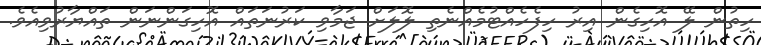
ހިތުން ލޭ އޮހިގެން އިރު ހިފެހެއްޓުމެއްނެތި ލޮލަށް ޖަމާވި ކަރުނަތައް އޮހިގަންނަން ތައްޔާރުވިއެވެ.